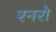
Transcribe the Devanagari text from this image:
रनरो